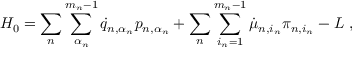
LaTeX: H _ { 0 } = \sum _ { n } \sum _ { \alpha _ { n } } ^ { m _ { n } - 1 } \dot { q } _ { n , \alpha _ { n } } p _ { n , \alpha _ { n } } + \sum _ { n } \sum _ { i _ { n } = 1 } ^ { m _ { n } - 1 } \dot { \mu } _ { n , i _ { n } } \pi _ { n , i _ { n } } - L \ ,